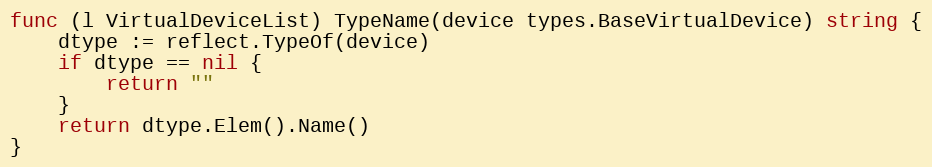
Language: Go
func (l VirtualDeviceList) TypeName(device types.BaseVirtualDevice) string {
	dtype := reflect.TypeOf(device)
	if dtype == nil {
		return ""
	}
	return dtype.Elem().Name()
}